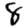
Digit: 8